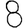
Digit: 8